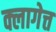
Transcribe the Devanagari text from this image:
क्लागेत्त